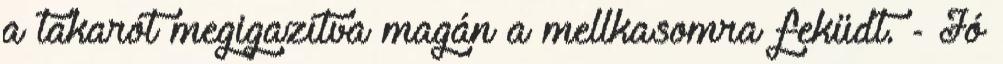
a takarót megigazítva magán a mellkasomra feküdt. - Jó